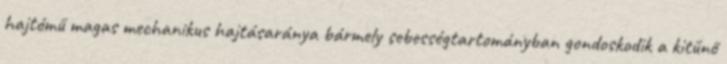
hajtómű magas mechanikus hajtásaránya bármely sebességtartományban gondoskodik a kitűnő